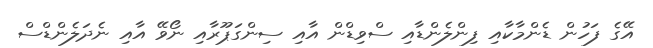
އޭގެ ފަހުން ޑެންމާކާއި ފިންލެންޑާއި ސްވިޑްން އާއި ސިންގަޕޫރާއި ނޯވޭ އާއި ނެދަލެންޑްސް